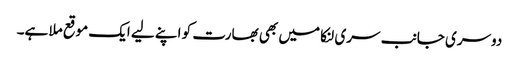
دوسری جانب سری لنکا میں بھی بھارت کو اپنے لیے ایک موقع ملا ہے۔